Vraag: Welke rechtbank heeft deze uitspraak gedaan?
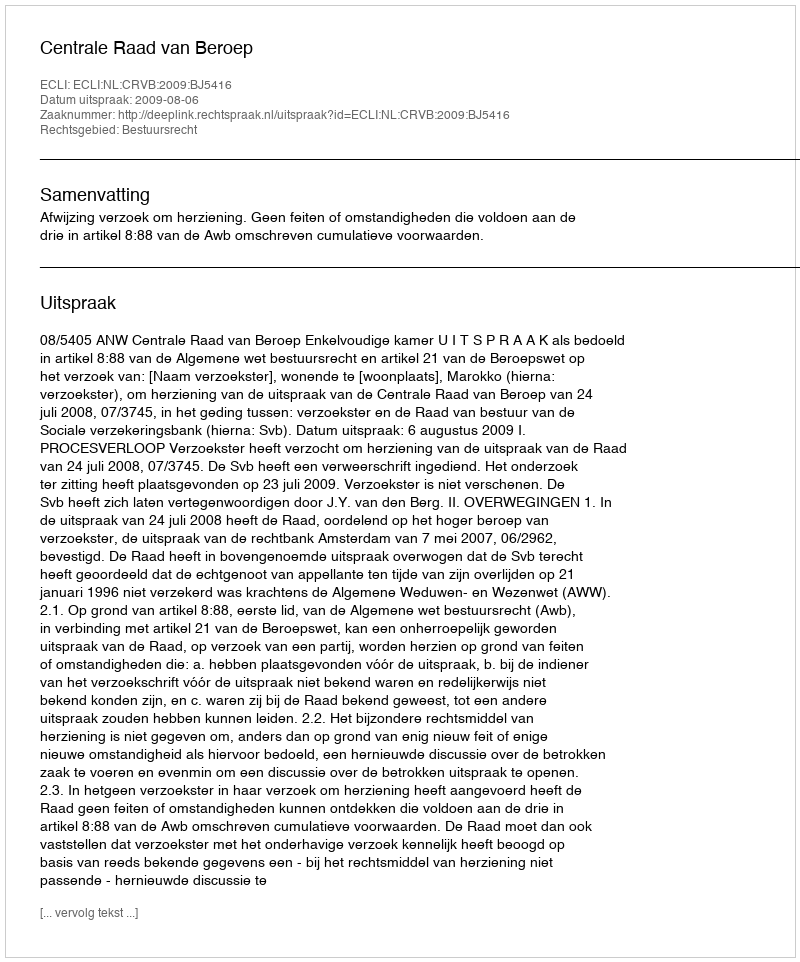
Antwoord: Centrale Raad van Beroep